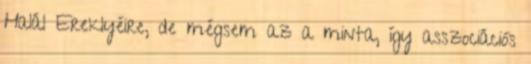
Halál Ereklyéire, de mégsem az a minta, így asszociációs